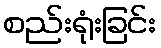
စည်းရုံးခြင်း